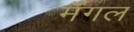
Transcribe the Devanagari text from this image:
मँगल